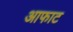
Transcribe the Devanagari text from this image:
आफाट